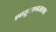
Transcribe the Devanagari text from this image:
शाहूनागरालच